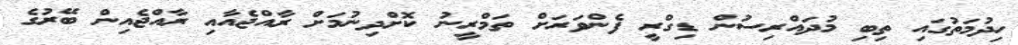
ހިދުމަތުގައި ތިބި މުދައްރިސުން ޑިގްރީ ފެންވަރަށް ތަމްރީނު ކޮށްދިނުމަށް ރާއްޖެއާއި ރާއްޖެއިން ބޭރުގެ